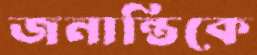
জনান্তিকে